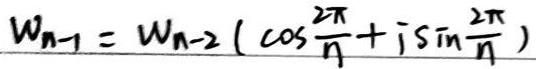
\[w_{n - 1}=w_{n - 2}\left(\cos\frac{2\pi}{n}+i\sin\frac{2\pi}{n}\right)\]